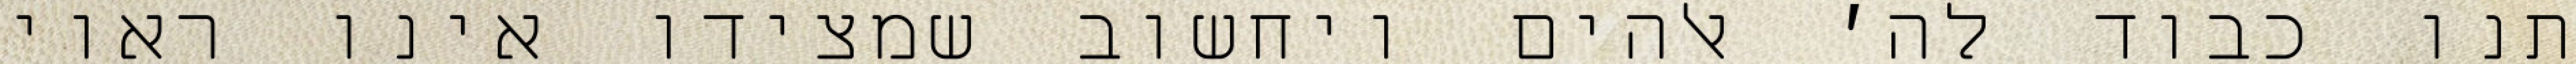
תנו כבוד לה׳ אלהים ויחשוב שמצידו אינו ראוי